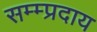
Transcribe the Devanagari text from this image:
सम्म्प्रदाय